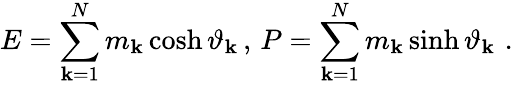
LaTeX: E=\sum_{\mathbf{k}=1}^{N}m_{\mathbf{k}}\cosh\vartheta_{\mathbf{k}}\, ,\, P=\sum_{\mathbf{k}=1}^{N}m_{\mathbf{k}}\sinh\vartheta_{\mathbf{k}}\, \, .